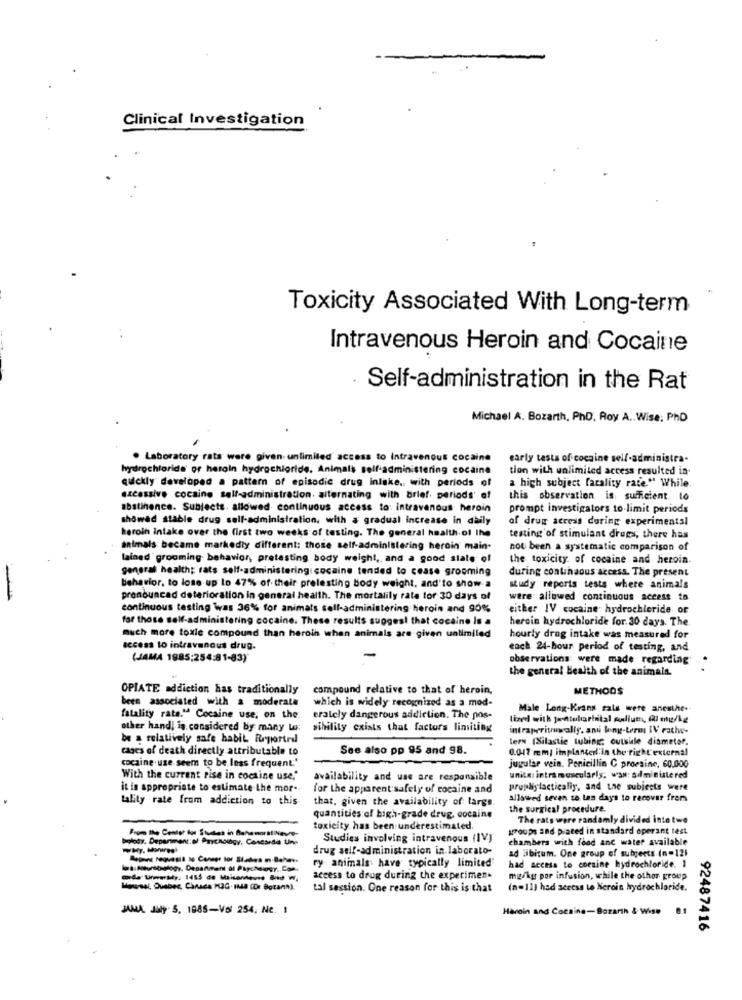
Clinical Investigation
Toxicity Associated With Long-term
Intravenous Heroin and Cocaine
Self-administration in the Rat
Michael A. Bozarth, PhD. Roy A .. Wise: PhD
. Laboratory rata were given- unlimited access to Intravenous cocaine
early tests of cocaine self-administra-
hydrochloride or heroin hydrochloride. Animals self-administering cocaine
tion with unlimited access resulted in
quickly developed a pattern of episodic drug inlake, with periods of
a high subject facality rate." While.
excessive cocaine self-administration. alternating with brief periods' of
this observation is sufficient to
abstinence. Subjects. allowed continuous access to: intravenous heroin
prompt investigators to limit periods
showad stable drug sell-administration, with a gradual Increase in daily
of drug access during experimental
heroin intake over the first two weeks of testing. The general health.of the
testing of stimulant drugs; there has
animals: became markedly different; those self-administering heroin main.
not been a systematic comparison of
tained grooming behavior, protesting body weight ,, and a good state of
the toxicity of cocaine and heroin.
general health; rats self-administering: cocaine tended to cease grooming
during continaons access. The present
behavior, to lose up to 47% of their prelesting body weight, and'to showa
study reports tests where animals
pronouncad deterioration in general health. The mortalily rate tor 30 days of
were allowed continuous access to
continuous testing Was 36% for animals sell-administering heroin and 90%
either IV cocaine hydrochloride or
for those self-administering cocaine. These results suggest that cocaine Is a
herein hydrochloride for. 30 days. The.
much more toxle compound than heroin when animals are given ualimiled
hourly drug intake was measured for
access to intravenous drug.
each 24-hour period of testing, and
(JAMA 1985;254:31-83)
observations were made regarding .
the general Health of the animals.
OPIATE addiction has traditionally
compound relative to that of heroin,
METHODS
been associated with a moderate
which is widely recognized as a mod-
Male Long-Krans rals were anesthe-
fatality rate." Cocaine use, on the.
eralely dangerous addiction. The nos-
lized with juntolarintal muliutt, fal mu/kg
other hand, is considered by many Lo:
Dibility exists that factors limiting
intraperituwally. and long-term IV rathe-
be a relatively safe habil Reportrel
ters (Silastic tubing; outside diameter.
cases of death directly attributable to
See also pp 95 and 98.
0.0-47 mm/ implanterl:in the right'external
cocaine use seem to be less frequent'
jugular vein. Penicillin C proesine, 60,000
With the current rise in cocaine use."
availability and use are responsible
unite: intramuscularis, waw: administered
it is appropriate to estimate the mor-
for the apparent safety of cocaine and
propolistacticaliy, and the subjects were
tality rate from addiction to this
that, given the availability of large.
allowed seven to tas days to recover frem
the surgical procedure.
quantities of high-grade drug, cocaine
The rats were randomly divided into two
toxicity has been underestimated.
groups and placed in standard operant test
Studies involving intravenous (IV)
chambers with food and water available
drug self-administration in laborato-
ad libitum. One group of subjects (n-121
ry animals have typically limited
had access to coesine hydrochloride. 1
access to drug during the experimen-
mg/kg por infusion, while the othor group
Mausal, Quebec, Canada MIG. IMB (Dr Botann).
tal session. One reason for this is that
(n=11) had access to heroin hydrochloride.
JANA July 5, 1985-Vol 254. Ne. 1
Haroin and Cocaine-Borarth & Wise
0.1
92487416